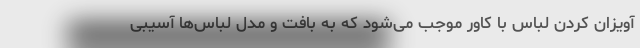
آویزان کردن لباس با کاور موجب می‌شود که به بافت و مدل لباس‌ها آسیبی